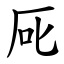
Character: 厑